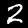
Digit: 2